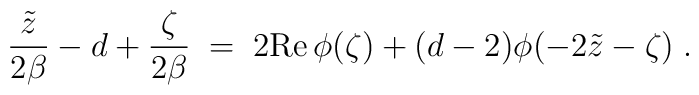
{\tilde{z}\over 2\beta}-d+{\zeta\over 2\beta}\;=\;2{\rm Re}\,\phi(\zeta)+(d-2)\phi(-2\tilde{z}-\zeta)\;.